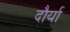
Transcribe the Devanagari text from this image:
दौर्या